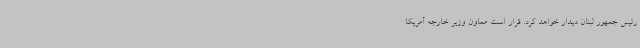
رئیس جمهور لبنان دیدار خواهد کرد. قرار است معاون وزیر خارجه آمریکا